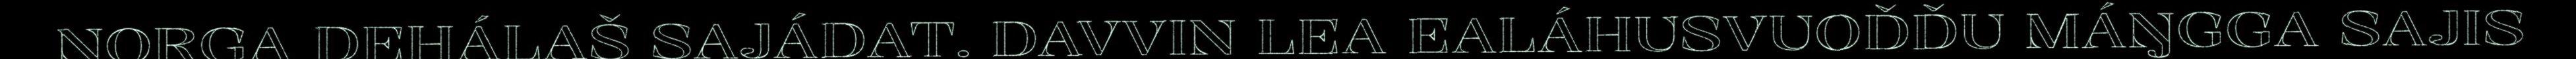
NORGA DEHÁLAŠ SAJÁDAT. DAVVIN LEA EALÁHUSVUOĐĐU MÁŊGGA SAJIS